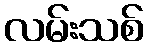
လမ်းသစ်